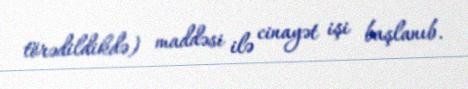
törədildikdə) maddəsi ilə cinayət işi başlanıb.